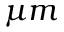
\mu m